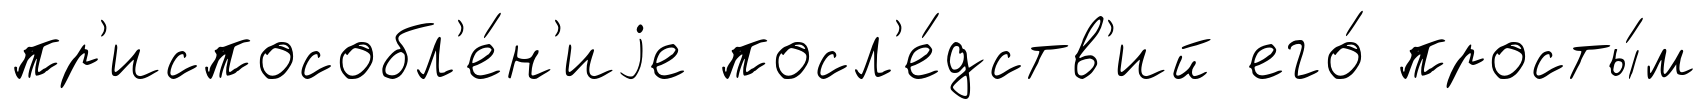
пр'испособл'е́н'иjе посл'е́дств'ий его́ просты́м